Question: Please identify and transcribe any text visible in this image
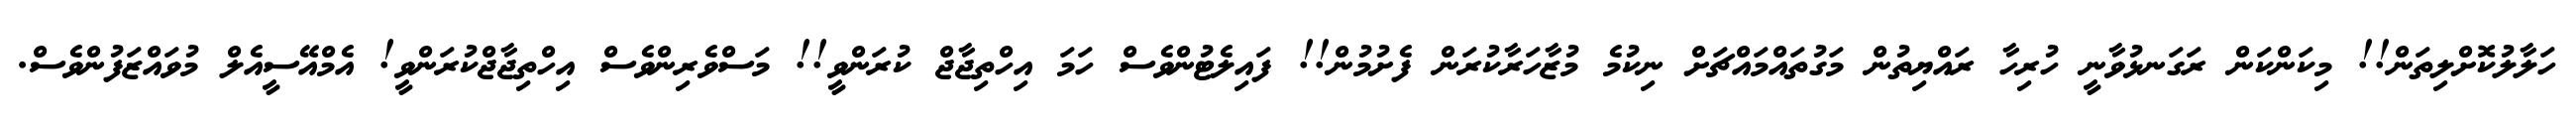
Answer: ހަލާލުކޮށްލިތަން!! މިކަންކަން ރަގަނޅުވާނީ ހުރިހާ ރައްޔިތުން މަގުތައްމައްޗަށް ނިކުމެ މުޒާހަރާކުރަން ފެށުމުން!! ފައިލެޓުންވެސް ހަމަ އިހްތިޖާޖް ކުރަންވީ!! މަސްވެރިންވެސް އިހްތިޖާޖްކުރަންވީ! އެމްއޭސީއެލް މުވައްޒަފުންވެސް.